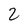
Character: 2